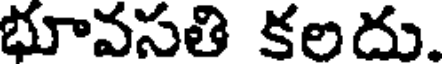
భూవసతి కలదు.